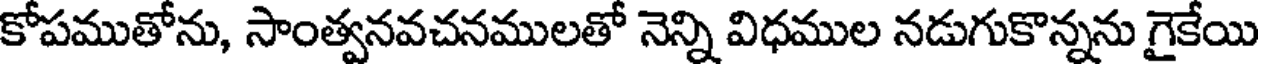
కోపముతోను, సాంత్వనవచనములతో నెన్ని విధముల నడుగుకొన్నను గైకేయి